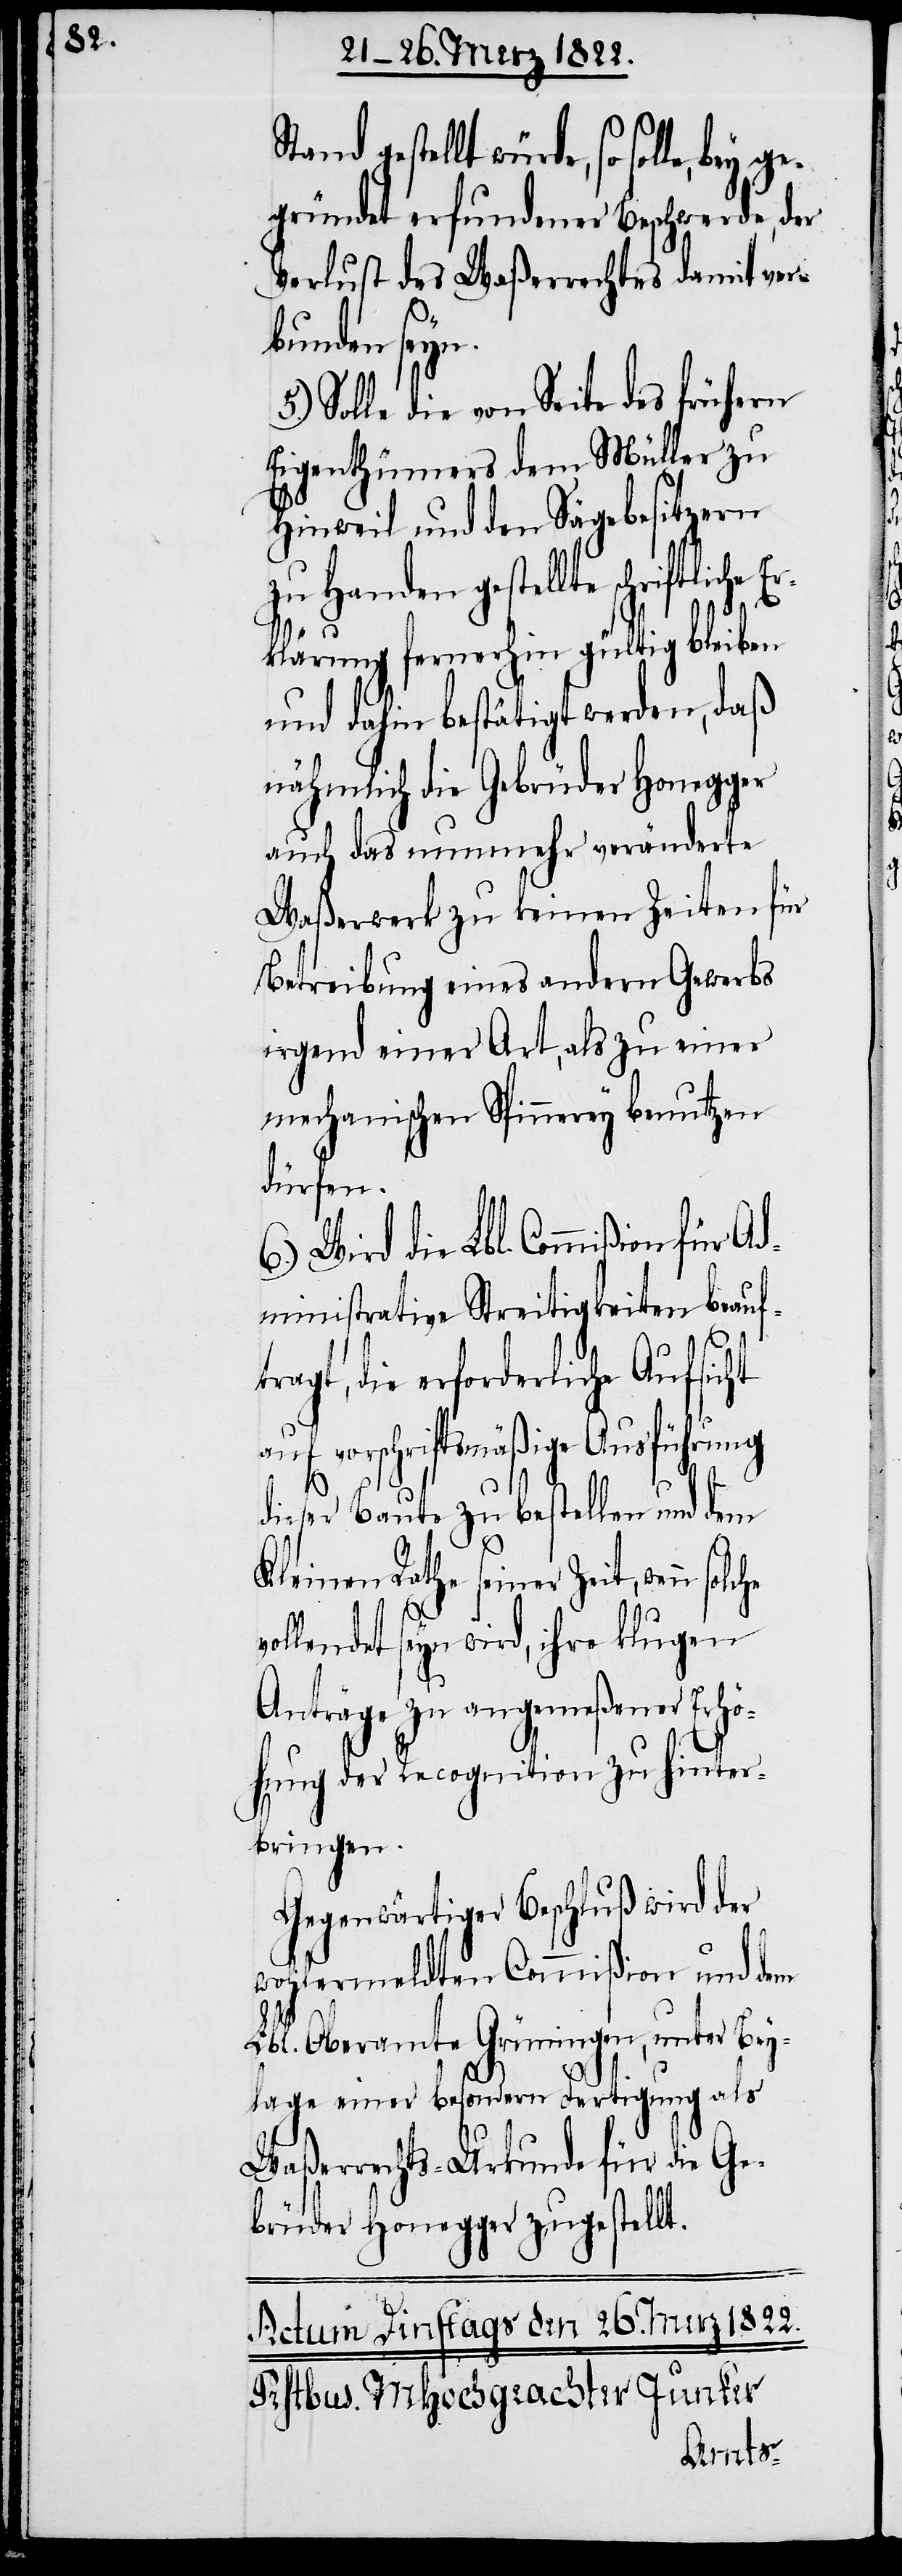
Stand gestellt würde, so solle, bey
gegründet erfundener Beschwerde, der
Verlust des Waßerrechtes damit ver¬
bunden seyn.
Solle die von Seite des frühern
Eigenthümers dem Müller zu
Hinweil und den Sägebesitzern
zu Handen gestellte Er¬
klärung fernerhin gültig bleiben
und dahin bestätigt werden, daß
nämlich die Gebrüder Honegger
auch das nunmehr veränderte
Waßerwerk zu keinen Zeiten für
Betreibung eines andern Gewerbs
irgend einer Art, als zu einer
mechanischen Spinnerey benutzen
dürfen.
es der Lbl. Commißion des
ministrative Streitigkeiten beauft¬
ragt, die erforderliche Aufsicht
auf vorschriftsmäßige Ausführung
v¬
dieser Baute zu bestellen und dem
Kleinen Rathe seiner Zeit, wenn
ollendet seyn wird, ihre klugen
Anträge zu angemeßener Erhö¬
hung der Recognition zu hinter¬
bringen.
Gegenwärtiger Beschluß wird der
wohlermeldten Commißion und dem
Lbl. Oberamte Grüningen, unter Bey¬
lage einer besondern Fertigung als
Waßerrechts-Urkunde für die Ge¬
brüder Honegger zugestellt.
Antrag¬